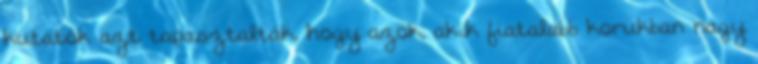
kutatók azt tapasztalták, hogy azok, akik fiatalabb korukban nagy